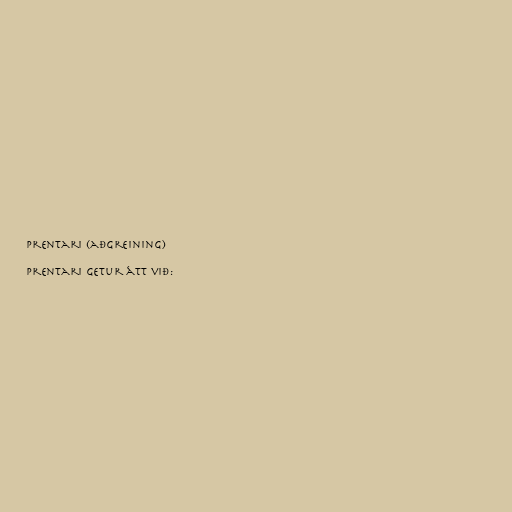
Prentari (aðgreining)

Prentari getur átt við: